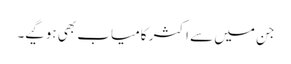
جن میں سے اکثر کامیاب بھی ہوگیے۔